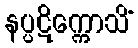
နပ္ပဋိက္ကောသိံ